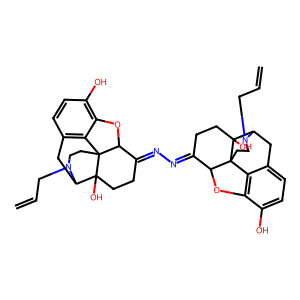
SMILES: C=CCN1CCC23c4c5ccc(O)c4OC2C(=NN=C2CCC4(O)C6Cc7ccc(O)c8c7C4(CCN6CC=C)C2O8)CCC3(O)C1C5
Inhibits HIV replication: No